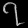
Digit: ၇